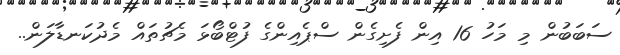
ސަބަބުން މި މަހު 16 އިން ފެށިގެން ސްޕެއިންގެ ފުޓްބޯޅަ މެޗުތައް މެދުކަނޑާލަން..